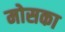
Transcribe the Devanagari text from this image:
मोसका